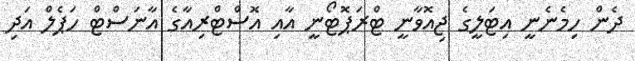
ދެން ހިމެނެނީ އިޓަލީގެ ޖިއޮވާނީ ޓްރަޕޮޓޯނީ އާއި އޮސްޓްރިއާގެ އާނަސްޓް ހަޕެލް އަދި